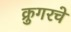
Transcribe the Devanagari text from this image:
क्रुगरचे